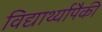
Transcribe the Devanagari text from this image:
विद्यार्थ्यापैकी